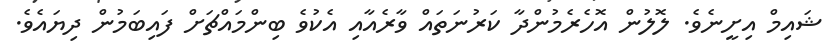
ޝައިމް އިށީނެވެ. ލޮލުން އޮހެރެމުންދާ ކަރުނަތައް ވާރެއާއި އެކުވެ ބިންމައްޗަށް ފައިބަމުން ދިޔައެވެ.